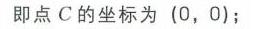
即点\(C\)的坐标为\((0, 0)\)；